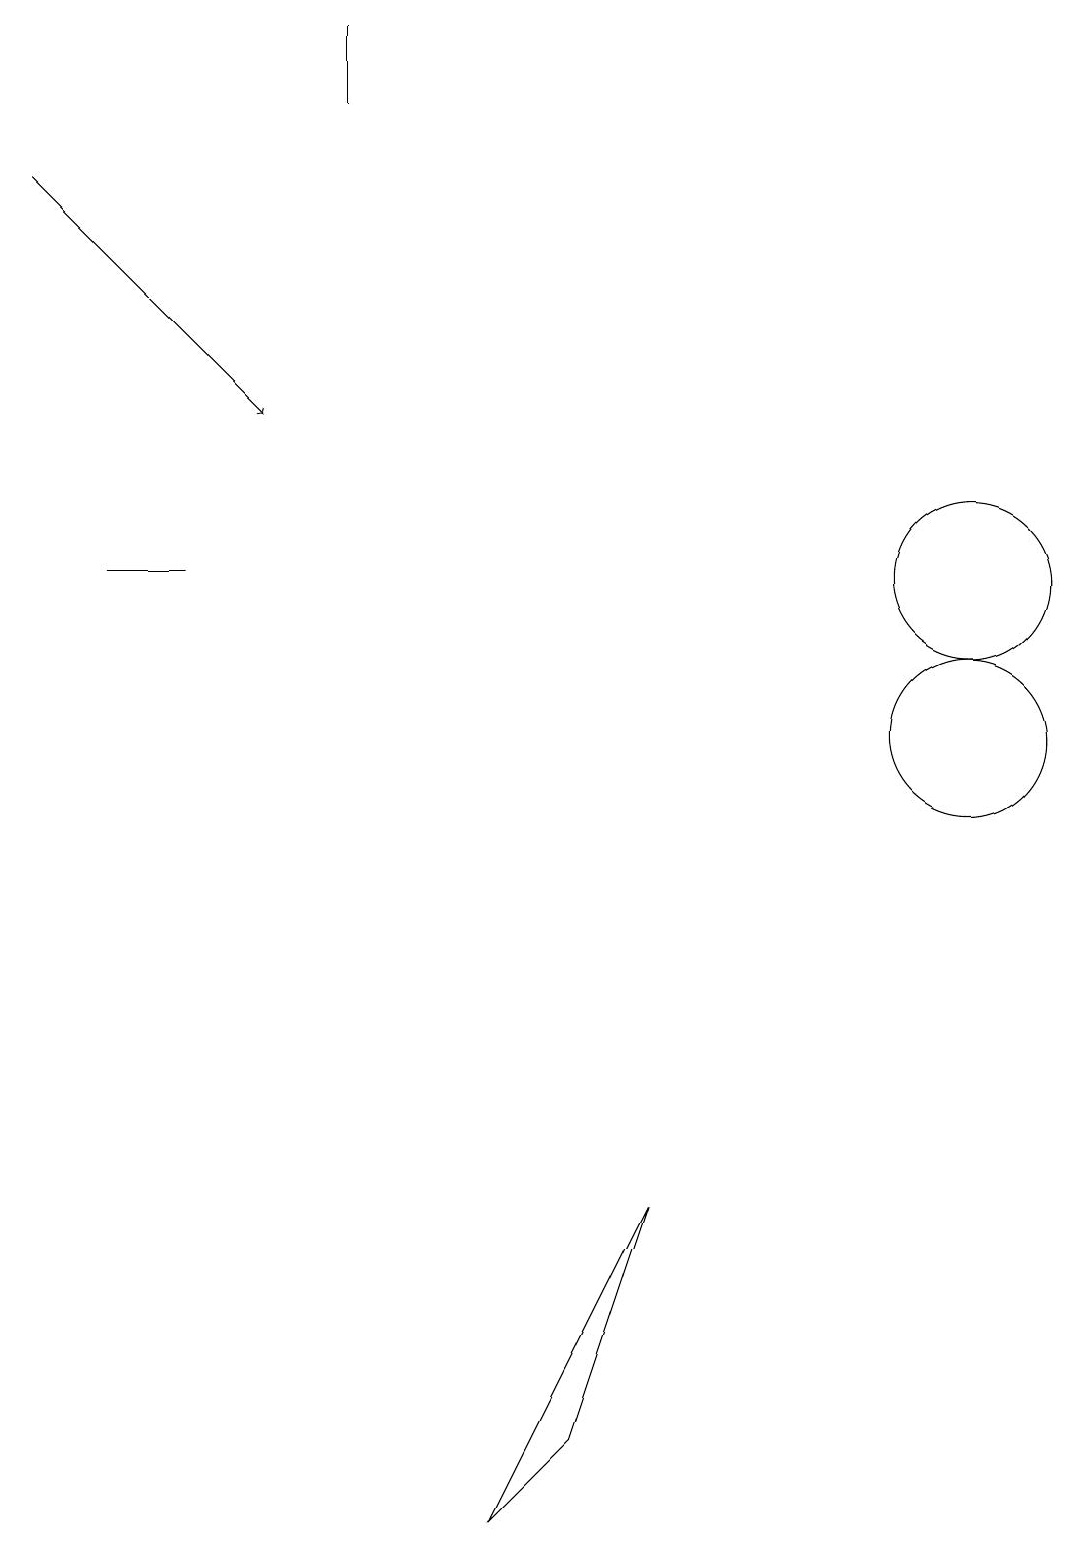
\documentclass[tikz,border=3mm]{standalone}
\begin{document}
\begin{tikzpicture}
\draw (12,12) circle (1);
\draw (8,4) -- (7,1) -- (6,0) -- cycle;
\draw (12,10) circle (1);
\draw (2,12) rectangle (1,12);
\draw[->] (0,17) -- (3,14);
\draw (4,18) rectangle (4,19);
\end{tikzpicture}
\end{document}